Vaccination United Provinces of Agra and Oudh 1923-1928 - 1923-1928
Year: 1923
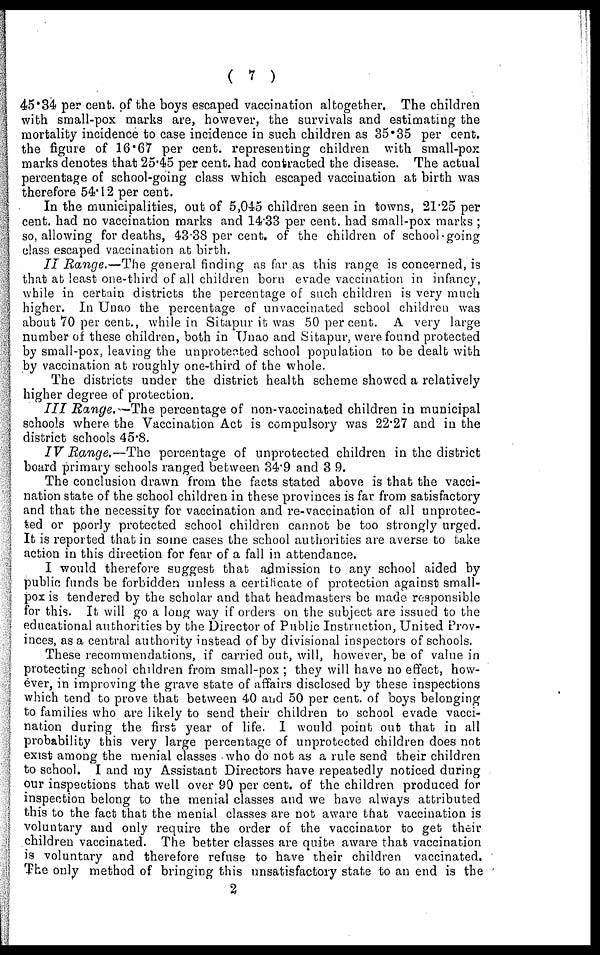
( 7 )
45.34 per cent. of the boys escaped vaccination altogether. The children
with small-pox marks are, however, the survivals and estimating the
mortality incidence to case incidence in such children as 35.35 per cent.
the figure of 16.67 per cent. representing children with small-pox
marks denotes that 25.45 per cent. had contracted the disease. The actual
percentage of school-going class which escaped vaccination at birth was
therefore 54.12 per cent.
In the municipalities, out of 5,045 children seen in towns, 21.25 per
cent. had no vaccination marks and 14.33 per cent. had small-pox marks ;
so, allowing for deaths, 43.38 per cent. of the children of school-going
class escaped vaccination at birth.
II Range.—The general finding as far as this range is concerned, is
that at least one-third of all children born evade vaccination in infancy,
while in certain districts the percentage of such children is very much
higher. In Unao the percentage of unvaccinated school children was
about 70 per cent., while in Sitapur it was 50 per cent. A very large
number of these children, both in Unao and Sitapur, were found protected
by small-pox, leaving the unprotected school population to be dealt with
by vaccination at roughly one-third of the whole.
The districts under the district health scheme showed a relatively
higher degree of protection.
III Range.—The percentage of non-vaccinated children in municipal
schools where the Vaccination Act is compulsory was 22.27 and in the
district schools 45.8.
IV Range.—The percentage of unprotected children in the district
board primary schools ranged between 34.9 and 3.9.
The conclusion drawn from the facts stated above is that the vacci-
nation state of the school children in these provinces is far from satisfactory
and that the necessity for vaccination and re-vaccination of all unprotec-
ted or poorly protected school children cannot be too strongly urged.
It is reported that in some cases the school authorities are averse to take
action in this direction for fear of a fall in attendance.
I would therefore suggest that admission to any school aided by
public funds be forbidden unless a certificate of protection against small-
pox is tendered by the scholar and that headmasters be made responsible
for this. It will go a long way if orders on the subject are issued to the
educational authorities by the Director of Public Instruction, United Prov-
inces, as a central authority instead of by divisional inspectors of schools.
These recommendations, if carried out, will, however, be of value in
protecting school children from small-pox ; they will have no effect, how-
ever, in improving the grave state of affairs disclosed by these inspections
which tend to prove that between 40 and 50 per cent. of boys belonging
to families who are likely to send their children to school evade vacci-
nation during the first year of life. I would point out that in all
probability this very large percentage of unprotected children does not
exist among the menial classes who do not as a rule send their children
to school. I and my Assistant Directors have repeatedly noticed during
our inspections that well over 90 per cent. of the children produced for
inspection belong to the menial classes and we have always attributed
this to the fact that the menial classes are not aware that vaccination is
voluntary and only require the order of the vaccinator to get their
children vaccinated. The better classes are quite aware that vaccination
is voluntary and therefore refuse to have their children vaccinated.
The only method of bringing this unsatisfactory state to an end is the
2